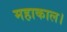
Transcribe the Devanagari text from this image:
महाकाल।